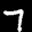
Label: 7